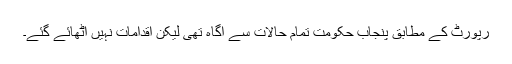
رپورٹ کے مطابق پنجاب حکومت تمام حالات سے آگاہ تھی لیکن اقدامات نہیں اٹھائے گئے۔